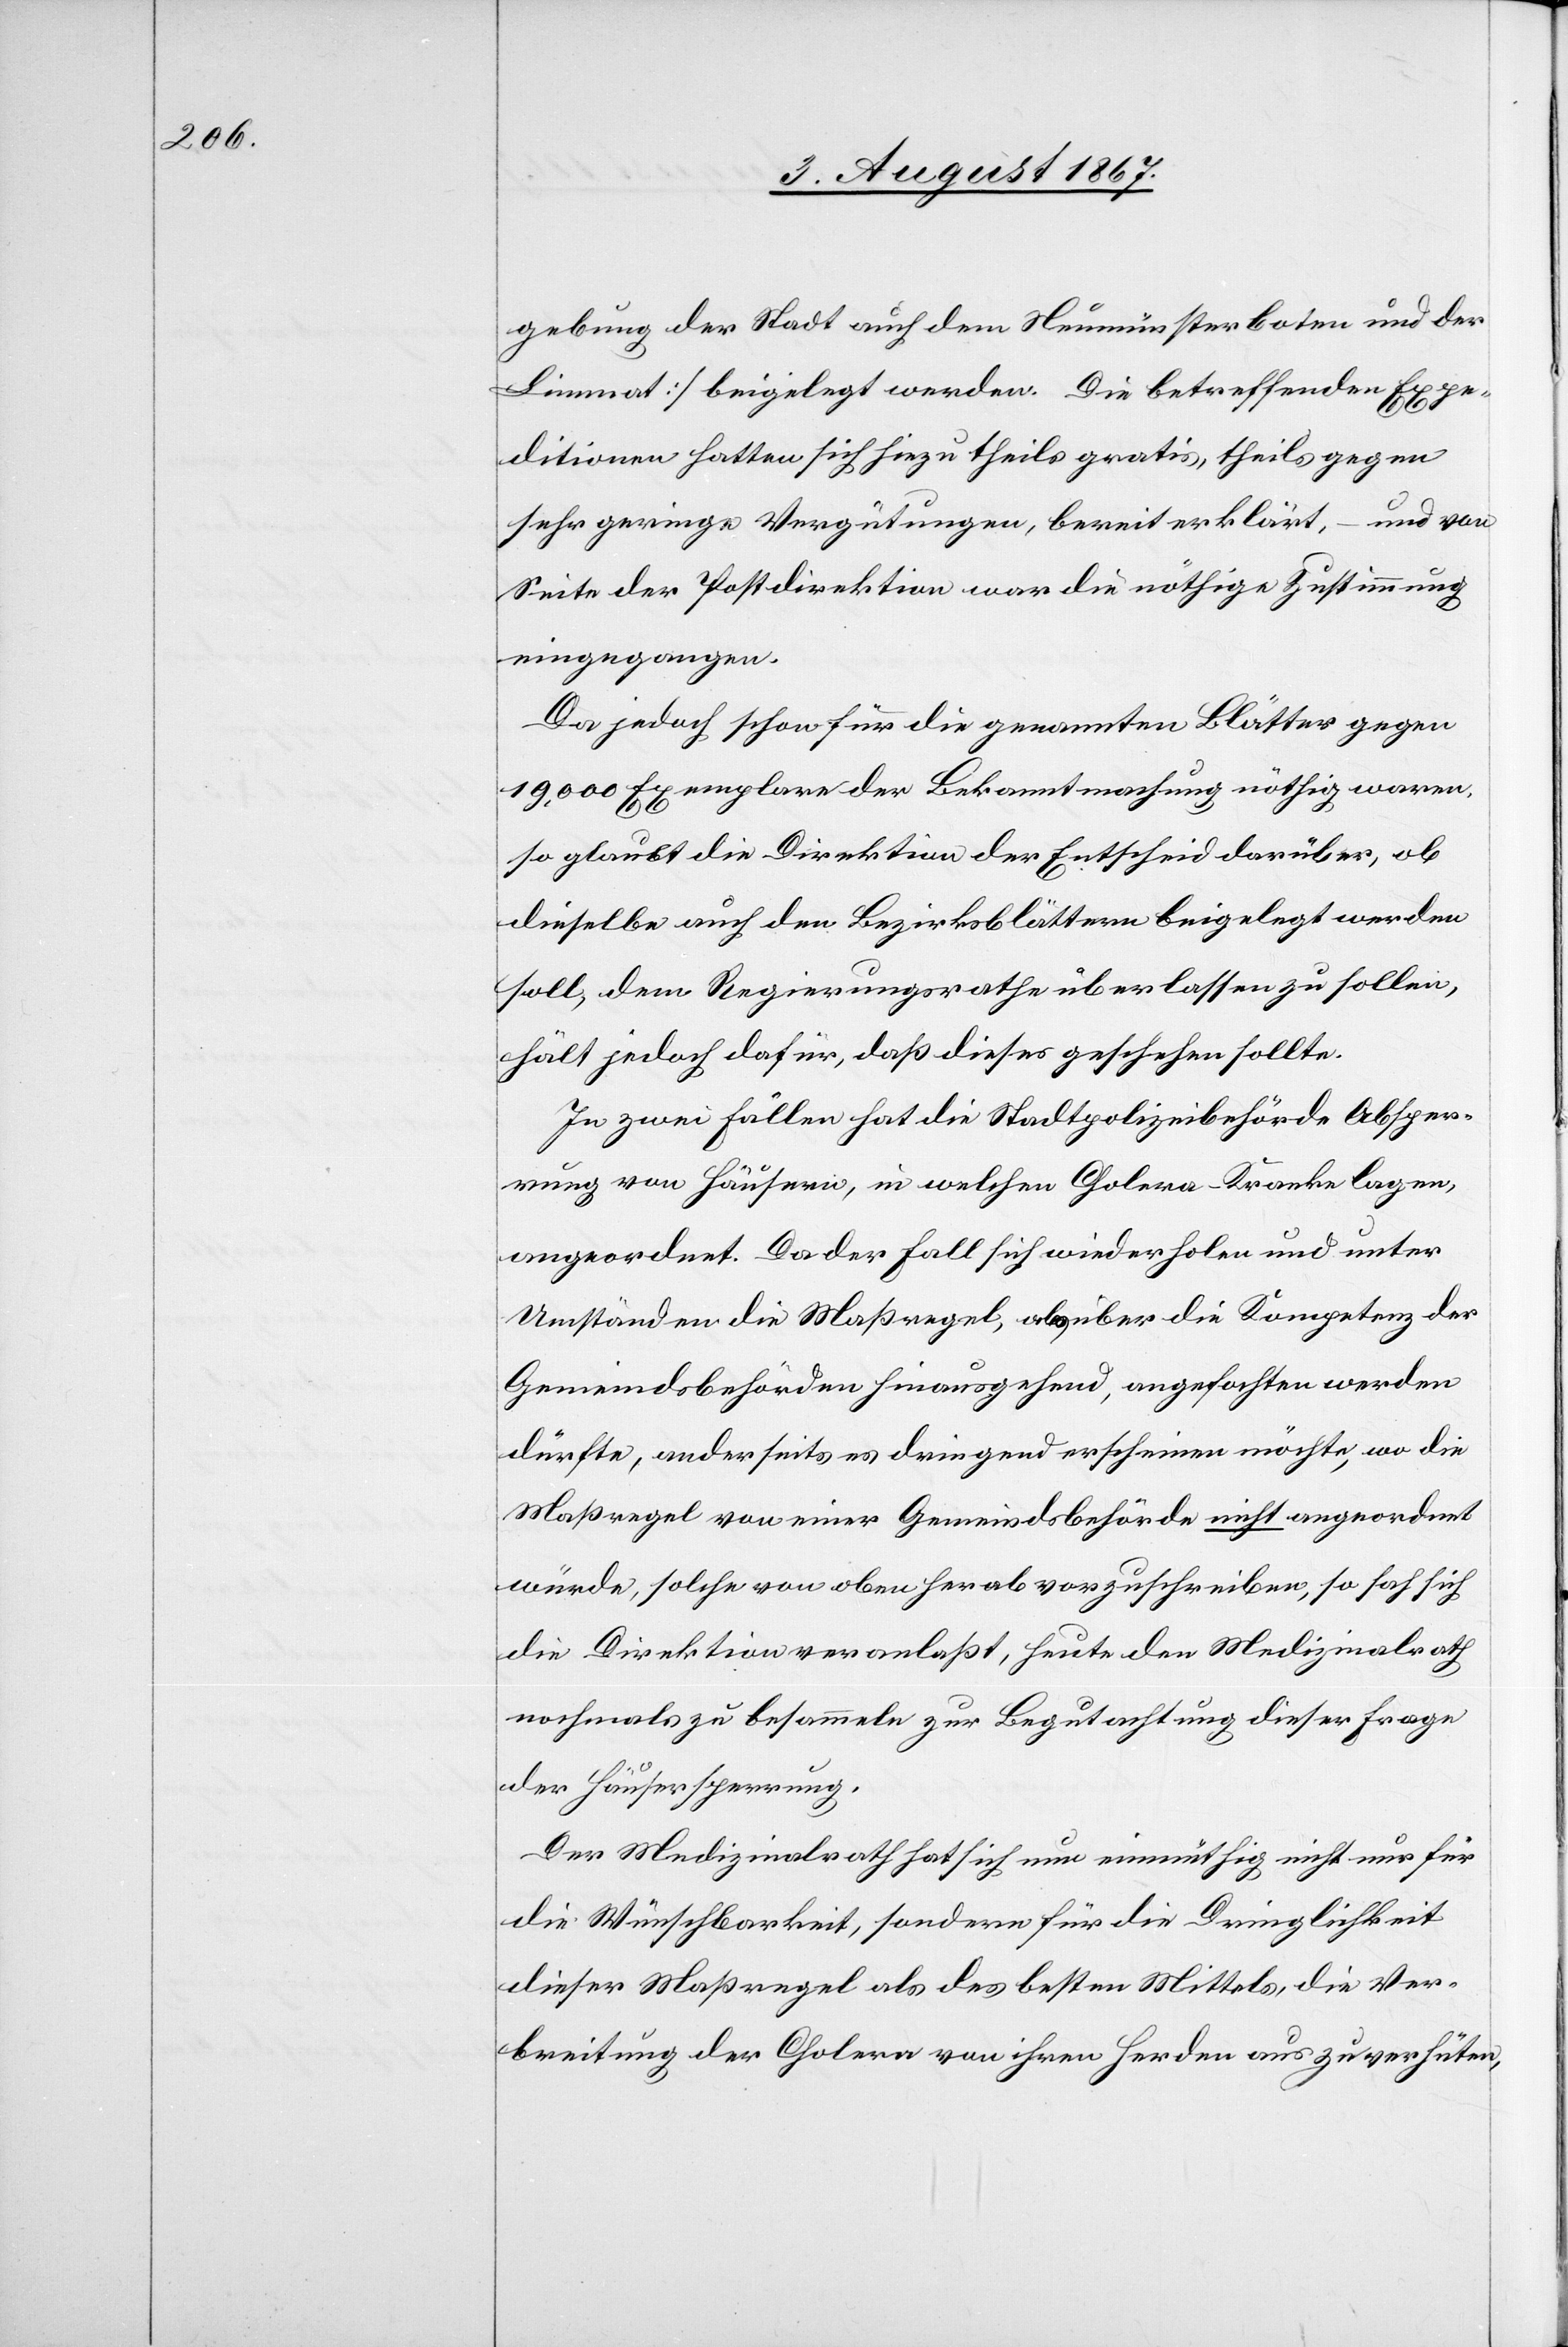
gebung der Stadt auch dem Neumünsterboten und der
Limmat] beigelegt werden. Die betreffenden Expe¬
ditionen hatten sich hiezu theils gratis, theils gegen
sehr geringe Vergütungen, bereit erklärt, – und von
Seite der Postdirektion war die nöthige Zustimmung
eingegangen.
Da jedoch schon für die genannten Blätter gegen
19 000 Exemplare der Bekanntmachung nöthig waren,
so glaubt die Direktion der Entscheid darüber, ob
dieselbe auch den Bezirksblättern beigelegt werden
soll, dem Regierungsrathe überlassen zu sollen,
hält jedoch dafür, daß dieses geschehen sollte.
In zwei Fällen hat die Stadtpolizeibehörde Absper¬
rung von Häusern, in welchen Cholera-Kranke lagen,
angeordnet. Da der Fall sich wiederholen und unter
Umständen die Maßregel, als über die Kompetenz der
Gemeindsbehörden hinausgehend, angefochten werden
dürfte, anderseits es dringend erscheinen möchte, wo die
Maßregel von einer Gemeindsbehörde nicht angeordnet
würde, solche von oben herab vorzuschreiben, so sah sich
die Direktion veranlaßt, heute den Medizinalrath
nochmals zu besammeln zur Begutachtung dieser Frage
der Häusersperrung.
Der Medizinalrath hat sich nun einmüthig nicht nur für
die Wünschbarkeit, sondern für die Dringlichkeit
dieser Maßregel als des besten Mittels, die Ver¬
breitung der Cholera von ihren Herden aus zu verhüten,